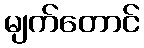
မျက်တောင်